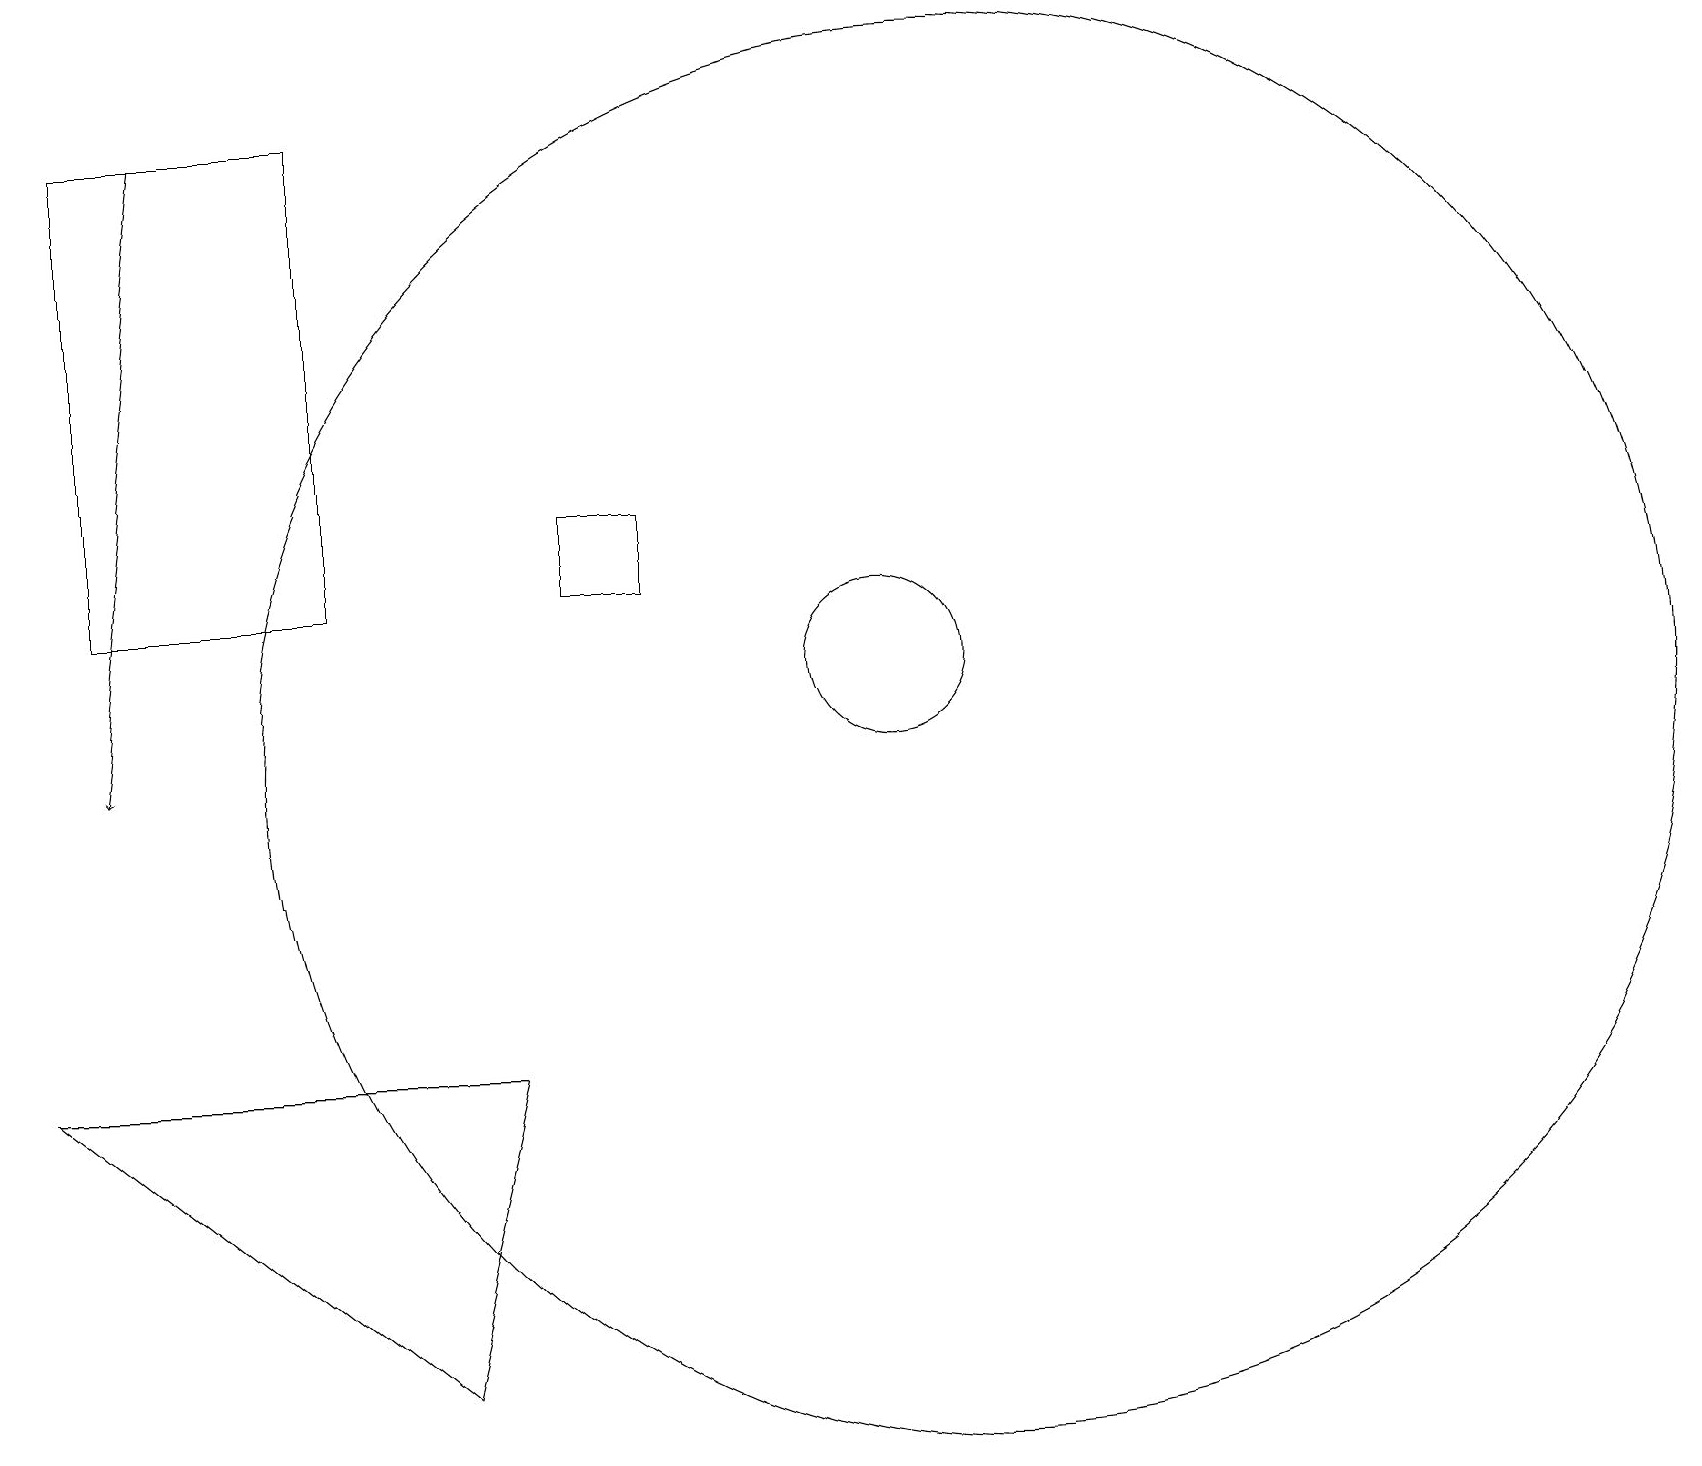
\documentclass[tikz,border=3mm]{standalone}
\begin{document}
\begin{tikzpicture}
\draw (7,14) rectangle (8,13);
\draw (4,19) rectangle (1,13);
\draw (11,12) circle (1);
\draw (12,11) circle (9);
\draw (0,7) -- (5,3) -- (6,7) -- cycle;
\draw[->] (2,19) -- (1,11);
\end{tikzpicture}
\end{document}